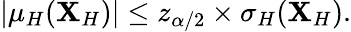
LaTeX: |\mu_{H}(\mathbf{X}_{H})|\leq z_{\alpha/2}\times\sigma_{H}(\mathbf{X}_{H}).